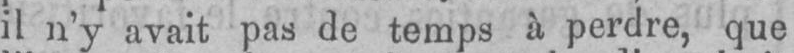
il n’y avait pas de temps à perdre, que